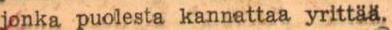
jonka puolesta kannattaa yrittää.